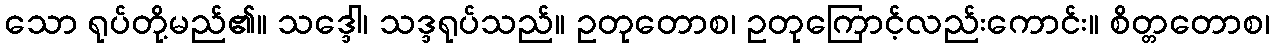
သော ရုပ်တို့မည်၏။ သဒ္ဒေါ၊ သဒ္ဒရုပ်သည်။ ဥတုတောစ၊ ဥတုကြောင့်လည်းကောင်း။ စိတ္တတောစ၊